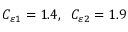
C _ { \varepsilon 1 } = 1 . 4 , \; \; C _ { \varepsilon 2 } = 1 . 9